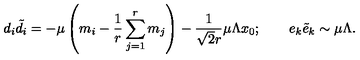
d _ { i } { \tilde { d } _ { i } } = - \mu \left( m _ { i } - \frac { 1 } { r } \sum _ { j = 1 } ^ { r } m _ { j } \right) - \frac { 1 } { \sqrt { 2 } r } \mu \Lambda x _ { 0 } ; \qquad e _ { k } { \tilde { e } } _ { k } \sim \mu \Lambda .